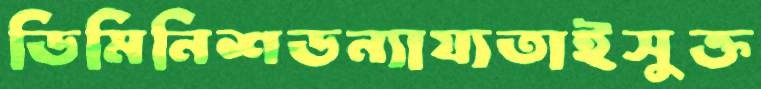
ডিমিনিশডন্যায্যতাইসুক্ত